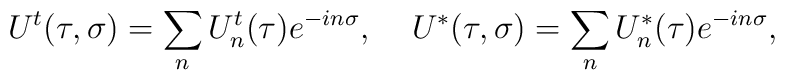
U^t(\tau,\sigma)=\sum_n U^t_n(\tau)e^{-in\sigma},\;\;\;\; U^*(\tau,\sigma)=\sum_n U^*_n(\tau)e^{-in\sigma},